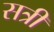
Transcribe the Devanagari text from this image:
सत्री